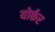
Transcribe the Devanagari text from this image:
योर्कर